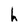
Character: h